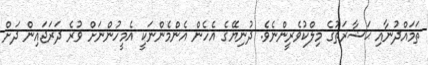
ތަމައްދުނާއި ޙަޟާރަތުގެ މިލްކުވެރީންނެވެ. ދުނިޔޭގެ އެހެން އެންމެންނަކީ އެމީހުންނަށް ވުރެ ދަރަޖައިން ދަށް